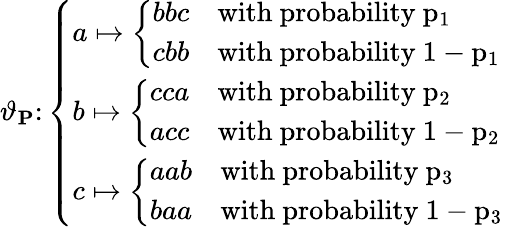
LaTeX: \vartheta_{\mathbf{P}}\colon\left\{ \begin{array}{ll}{a\mapsto\left\{ \begin{array}{ll}{bbc}&{\mathrm{with~probability~p_1~}}\\ {cbb}&{\mathrm{with~probability~1-p_1~}}\end{array}\right.}\\ {b\mapsto\left\{ \begin{array}{ll}{cca}&{\mathrm{with~probability~p_2~}}\\ {acc}&{\mathrm{with~probability~1-p_2~}}\end{array}\right.}\\ {c\mapsto\left\{ \begin{array}{ll}{aab}&{\mathrm{with~probability~p_3~}}\\ {baa}&{\mathrm{with~probability~1-p_3~}}\end{array}\right.}\end{array}\right.